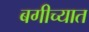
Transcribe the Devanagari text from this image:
बगीच्यात